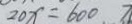
2 0 x = 6 0 0 \pi